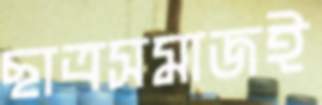
ছাত্রসমাজই